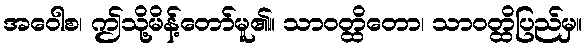
အဝေါစ၊ ဤသို့မိန့်တော်မူ၏။ သာဝတ္ထိတော၊ သာဝတ္ထိပြည်မှ။